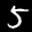
Label: 5